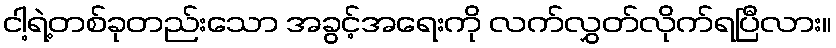
ငါ့ရဲ့တစ်ခုတည်းသော အခွင့်အရေးကို လက်လွှတ်လိုက်ရပြီလား။